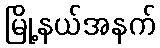
မြို့နယ်အနက်